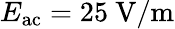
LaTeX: E_{\mathrm{ac}}=25~\mathrm{V/m}